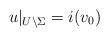
LaTeX: \begin{align*}u|_{U\setminus \Sigma}= i(v_0)\end{align*}